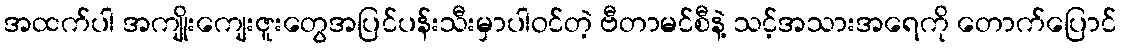
အထက်ပါ အကျိုးကျေးဇူးတွေအပြင်ပန်းသီးမှာပါဝင်တဲ့ ဗီတာမင်စီနဲ့ သင့်အသားအရေကို တောက်ပြောင်